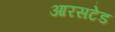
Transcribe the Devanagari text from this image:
आरसटेड